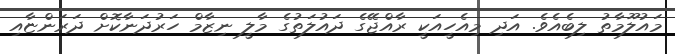
މައުލޫމާތު ލިބެއެވެ. އަދި މިއެހީއަކީ ރާއްޖޭގެ ދައުލަތުގެ މާލީ ނިޒާމް ހަރުދަނާކޮށް ދަރަންޏާއި